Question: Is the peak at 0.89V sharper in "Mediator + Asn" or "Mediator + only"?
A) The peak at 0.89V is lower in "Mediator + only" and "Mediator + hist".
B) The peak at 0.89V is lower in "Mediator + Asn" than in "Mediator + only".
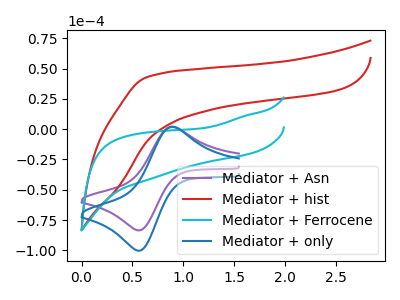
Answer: <think>The purple curve "Mediator + Asn" has an anodic peak at (0.90V, 1.80uA) and a cathodic peak at (0.55V, -83.55uA). The red curve "Mediator + hist" has no peaks. The cyan curve "Mediator + Ferrocene" has no peaks. The blue curve "Mediator + only" has an anodic peak at (0.90V, 2.15uA) and a cathodic peak at (0.55V, -100.35uA).</think>
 <answer>B) The peak at 0.89V is lower in "Mediator + Asn" than in "Mediator + only".</answer>
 <eval>B</eval>